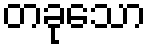
တခုသော